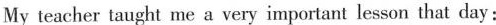
My teacher taught me a very important lesson that day: